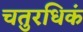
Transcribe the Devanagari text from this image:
चतुरधिकं